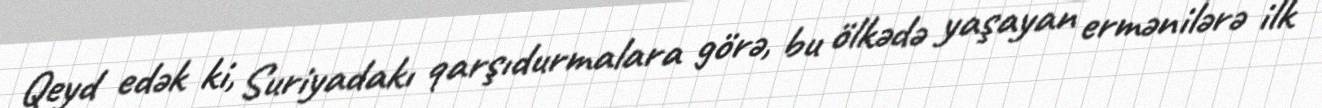
Qeyd edək ki, Suriyadakı qarşıdurmalara görə, bu ölkədə yaşayan ermənilərə ilk